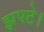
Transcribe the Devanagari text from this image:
झपटे।